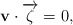
\begin{align*}\mathbf{v}\cdot \overrightarrow{\zeta}=0,\end{align*}